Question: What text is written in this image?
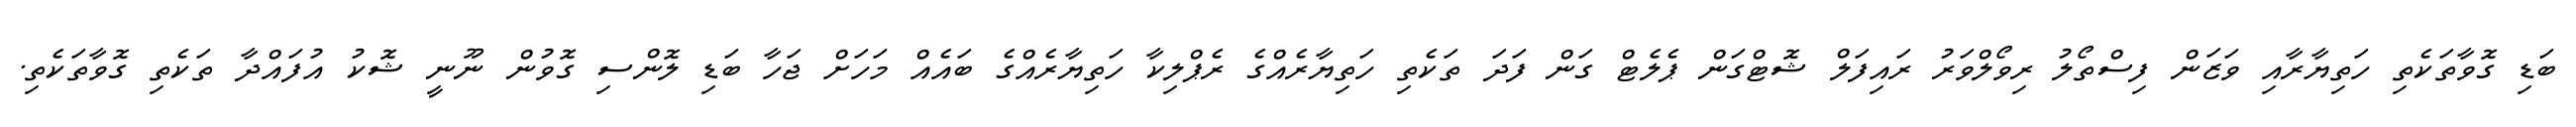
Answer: ބަޑި ގޮވާތަކެތި ހަތިޔާރާއި ވަޒަން ފިސްތޯލު ރިވޯލްވަރު ރައިފަލް ޝޮޓްގަން ޕެލެޓް ގަން ފަދަ ތަކެތި ހަތިޔާރެއްގެ ރެޕްލިކާ ހަތިޔާރެއްގެ ބައެއް މަހަށް ޖަހާ ބަޑި ލޮންސި ގޮވުން ނޫނީ ޝޮކު އުފައްދާ ތަކެތި ގޮވާތަކެތި.